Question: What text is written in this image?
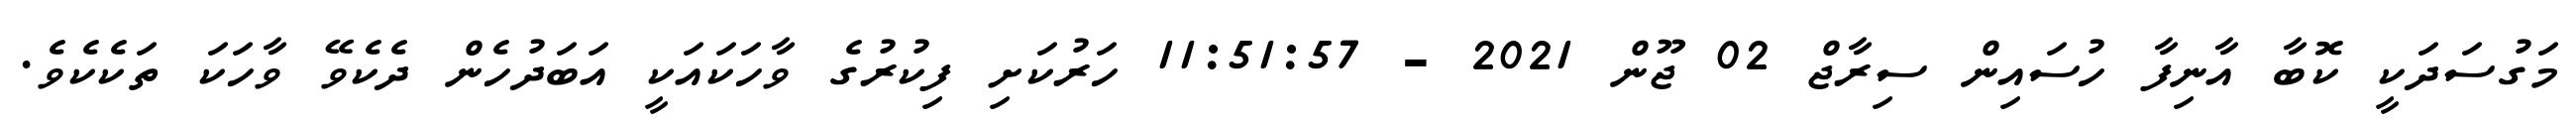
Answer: މަގުސަދަކީ ކޮބާ އާނިފާ ހުސައިން ސިރާޖް 02 ޖޫން 2021 - 11:51:57 ހަރުކަށި ފިކުރުގެ ވާހަކައަކީ އަބަދުހެން ދެކެވޭ ވާހަކަ ތަކެކެވެ.